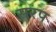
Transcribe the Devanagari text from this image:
सरप